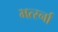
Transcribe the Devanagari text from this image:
भर्त्स्ना